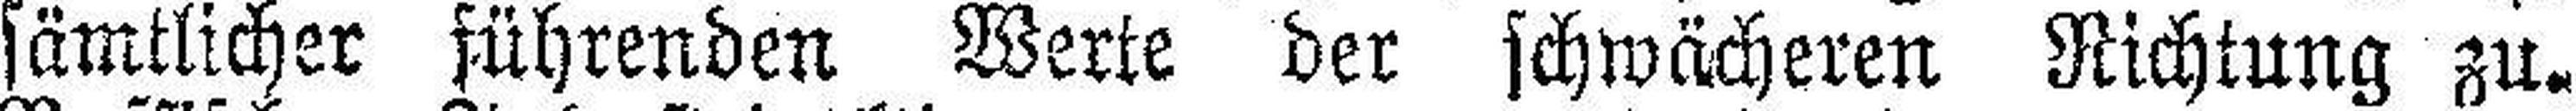
sämtlicher führenden Werte der schwächeren Richtung zu.